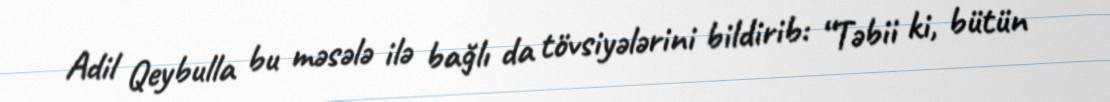
Adil Qeybulla bu məsələ ilə bağlı da tövsiyələrini bildirib: “Təbii ki, bütün